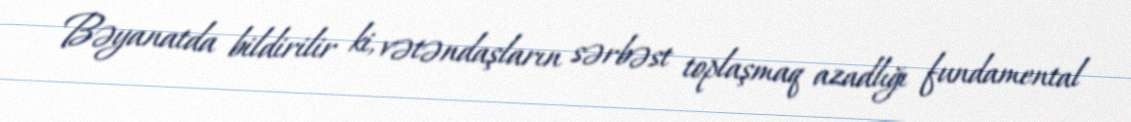
Bəyanatda bildirilir ki, vətəndaşların sərbəst toplaşmaq azadlığı fundamental